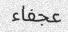
عجفاء